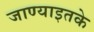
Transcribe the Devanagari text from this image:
जाण्याइतके